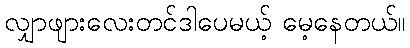
လျှာဖျားလေးတင်ဒါပေမယ့် မေ့နေတယ်။